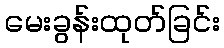
မေးခွန်းထုတ်ခြင်း